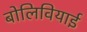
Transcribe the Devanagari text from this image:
बोलिवियाई